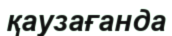
қаузағанда